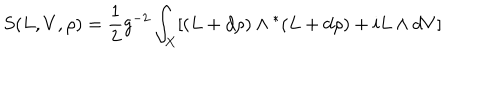
S ( L , V , \rho ) = \frac { 1 } { 2 } g ^ { - 2 } \int _ { X } [ ( L + d \rho { } ) \wedge { } ^ { * } ( L + d \rho { } ) + i L \wedge { } d V ]